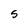
Character: 5